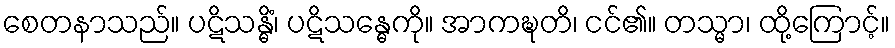
စေတနာသည်။ ပဋိသန္ဓိံ၊ ပဋိသန္ဓေကို။ အာကဍ္ဎတိ၊ ငင်၏။ တသ္မာ၊ ထို့ကြောင့်။